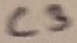
Text: C3